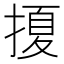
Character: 𭡲